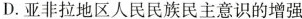
D.亚非拉地区人民民族民主意识的增强